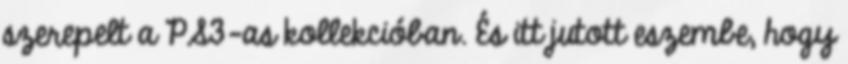
szerepelt a PS3-as kollekcióban. És itt jutott eszembe, hogy